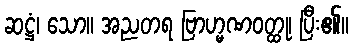
ဆဋ္ဌံ၊ သော။ အညတရ ဗြာဟ္မဏဝတ္ထု၊ ပြီး၏။